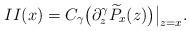
LaTeX: \begin{align*}II (x)&=C_\gamma\bigl(\partial_z^{\gamma}\widetilde P_x(z) \bigr)\big\vert_{z=x}.\end{align*}